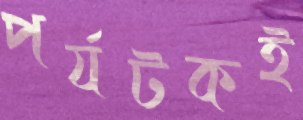
পর্যটকই